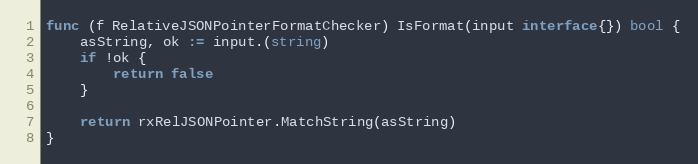
Language: Go
func (f RelativeJSONPointerFormatChecker) IsFormat(input interface{}) bool {
	asString, ok := input.(string)
	if !ok {
		return false
	}

	return rxRelJSONPointer.MatchString(asString)
}